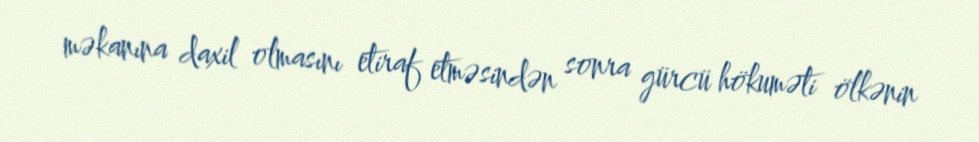
məkanına daxil olmasını etiraf etməsindən sonra gürcü hökuməti ölkənin